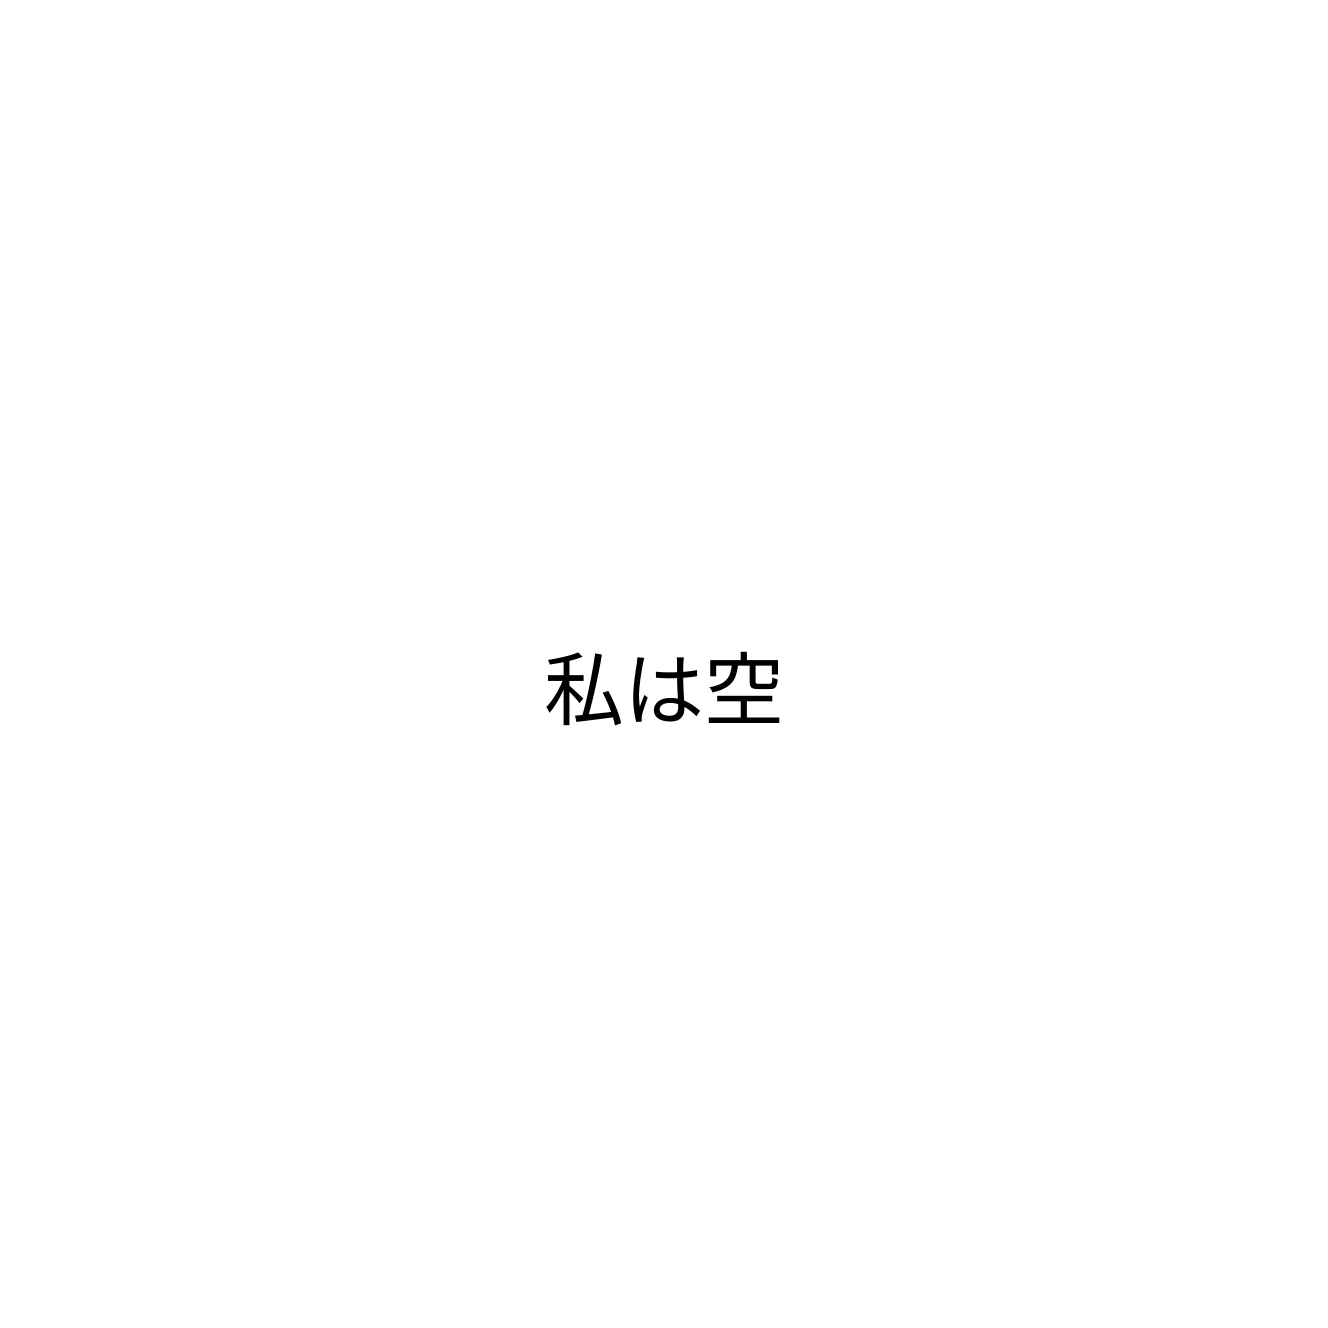
私は空